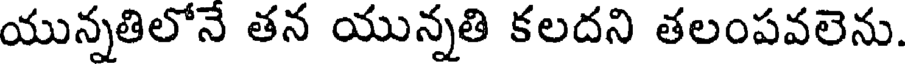
యున్నతిలోనే తన యున్నతి కలదని తలంపవలెను.